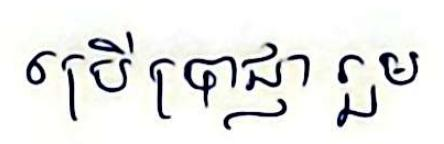
ប្រើប្រាជ្ញា រួម